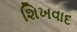
શિખવાદ